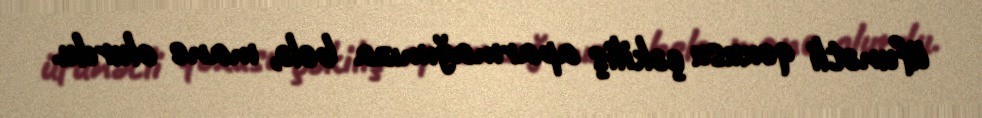
üfunətli qoxusu çəkiliş aparmağımıza belə, mane olurdu.